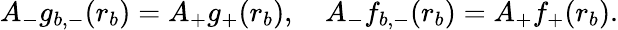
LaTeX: A_{-}g_{b,-}(r_{b})=A_{+}g_{+}(r_{b}),\quad A_{-}f_{b,-}(r_{b})=A_{+}f_{+}(r_{b}).